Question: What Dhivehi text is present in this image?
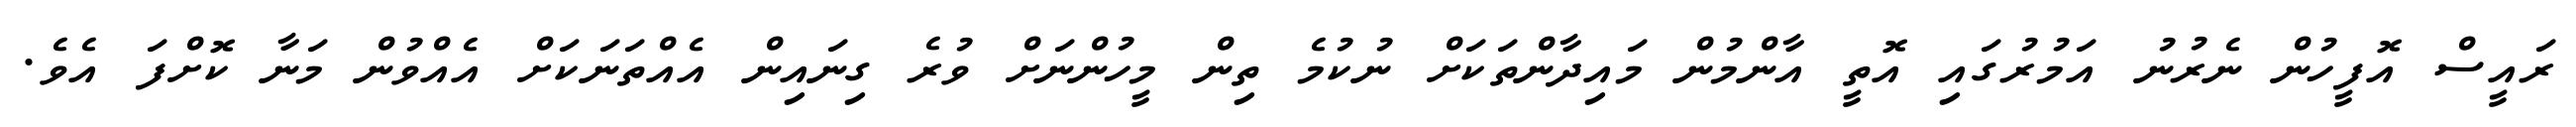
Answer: ރައީސް އޮފީހުން ނެރުނު އަމުރުގައި އޮތީ އާންމުން މައިދާންތަކަށް ނުކުމެ ތިން މީހުންނަށް ވުރެ ގިނައިން އެއްތަނަކަށް އެއްވުން މަނާ ކޮށްފަ އެވެ.